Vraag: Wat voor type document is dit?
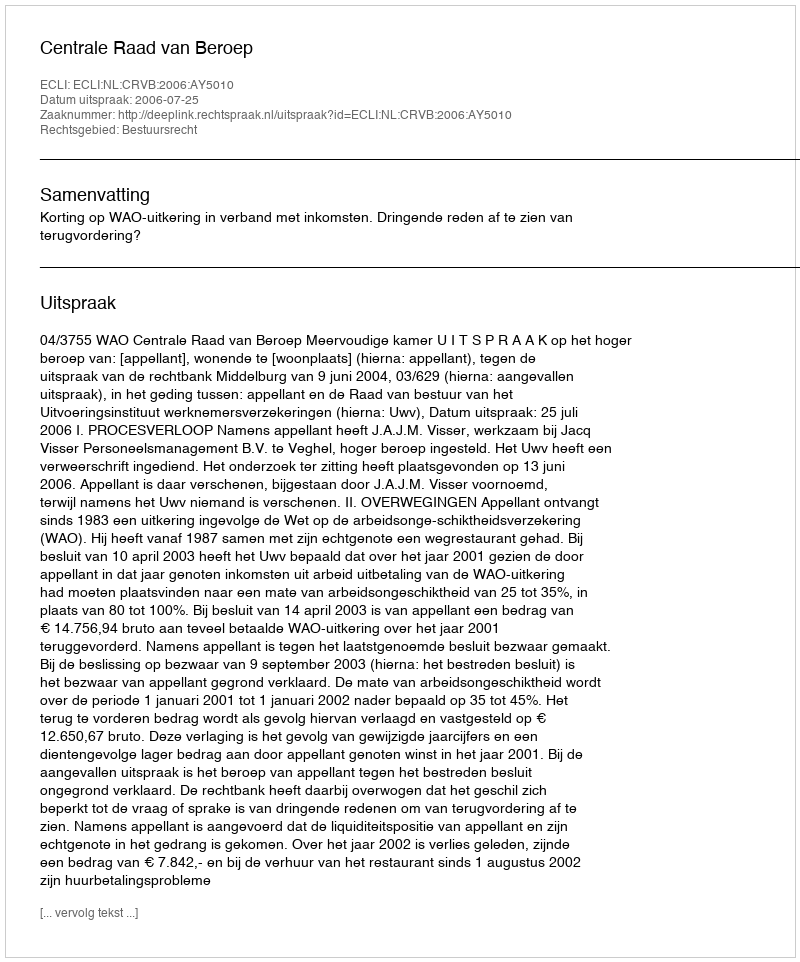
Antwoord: Uitspraak